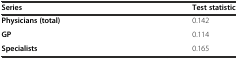
| Series | Test statistic |
 | --- | --- |
 | Physicians (total) | 0.142 |
 | GP | 0.114 |
 | Specialists | 0.165 |